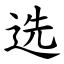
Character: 选